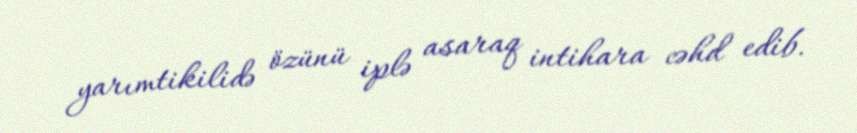
yarımtikilidə özünü iplə asaraq intihara cəhd edib.